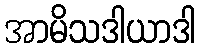
အာမိသဒါယာဒါ